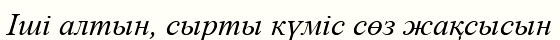
Іші алтын, сырты күміс сөз жақсысын